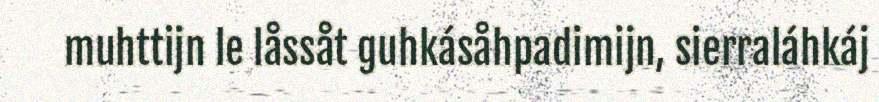
muhttijn le låssåt guhkásåhpadimijn, sierraláhkáj